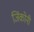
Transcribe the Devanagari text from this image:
जिंकोनी